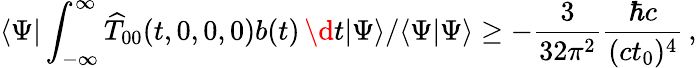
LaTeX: \langle\Psi|\int_{-\infty}^{\infty}{\widehat T}_{00}(t,0,0,0)b(t)\, \d t|\Psi\rangle/\langle\Psi|\Psi\rangle\geq-{\frac{3}{32\pi^{2}}}{\frac{\hbar c}{(ct_{0})^{4}}}\, ,